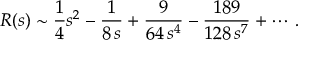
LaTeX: R ( s ) \sim { \frac { 1 } { 4 } } s ^ { 2 } - { \frac { 1 } { 8 \, s } } + { \frac { 9 } { 6 4 \, s ^ { 4 } } } - { \frac { 1 8 9 } { 1 2 8 \, s ^ { 7 } } } + \cdots \, .